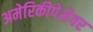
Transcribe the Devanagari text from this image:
अमेरिकीपेशेवर